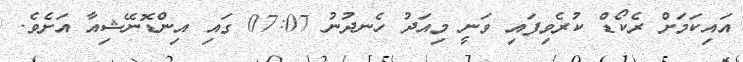
އައިކަމަށް ރެކޯޑް ކުރެވިފައި ވަނީ މިއަދު ހެނދުނު 07:07 ގައި އިންޑޮނޭޝިއާ އަށެވެ.